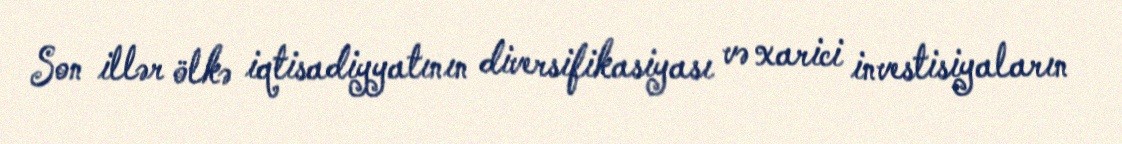
Son illər ölkə iqtisadiyyatının diversifikasiyası və xarici investisiyaların